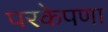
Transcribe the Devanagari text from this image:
परकेपणा